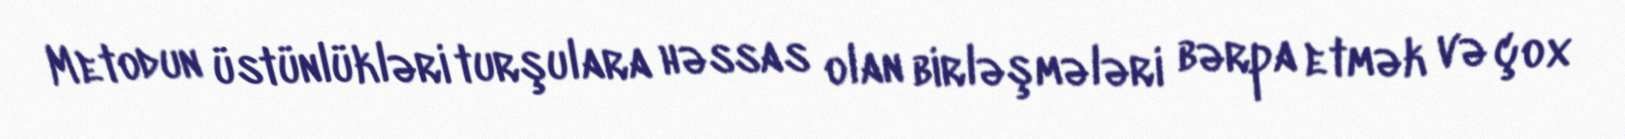
Metodun üstünlükləri turşulara həssas olan birləşmələri bərpa etmək və çox